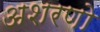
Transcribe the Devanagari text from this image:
अशरणो